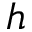
h